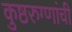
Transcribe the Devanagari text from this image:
कुष्ठरुग्णांची